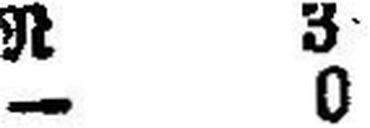
— 0